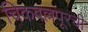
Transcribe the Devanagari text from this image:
चिकबल्लपूरची